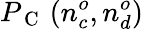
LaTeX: P_{\mathrm{~C~}}\left(n_{c}^{o},n_{d}^{o}\right)